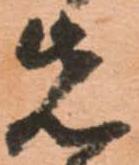
先